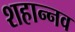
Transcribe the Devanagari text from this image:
शहान्‍नव